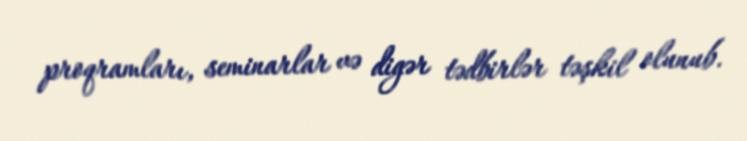
proqramları, seminarlar və digər tədbirlər təşkil olunub.